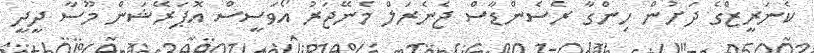
ކެނަރީޒްގެ ދަށުން ހިންގާ ރެސެންޑާސް ޖެނެރަލް މެނޭޖަރު އޯވަސީސް އޮޕަރޭޝަން މޫސާ ދީދީ